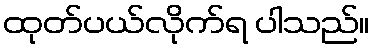
ထုတ်ပယ်လိုက်ရ ပါသည်။